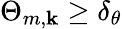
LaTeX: \Theta_{m,\mathbf{k}}\ge\delta_{\theta}